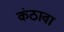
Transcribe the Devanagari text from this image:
कंठावा